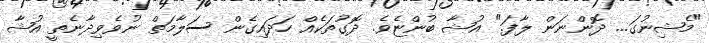
"މެޝިނުގަ... ދޮންނަން ލާފަ." އުޝާ ބުންޏެވެ. ދޮގުތަކެއް ހަދައިގެން ސަލާމަތް ނުވެވިދާނެތީ އުޝާ